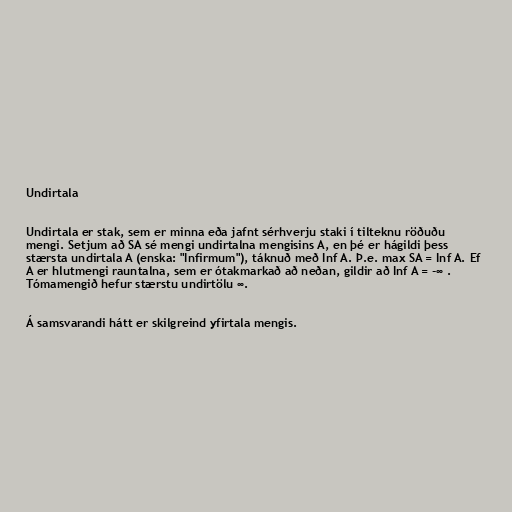
Undirtala

Undirtala er stak, sem er minna eða jafnt sérhverju staki í tilteknu röðuðu
mengi. Setjum að SA sé mengi undirtalna mengisins A, en þé er hágildi þess
stærsta undirtala A (enska: "Infirmum"), táknuð með Inf A. Þ.e. max SA = Inf A. Ef
A er hlutmengi rauntalna, sem er ótakmarkað að neðan, gildir að Inf A = -∞ .
Tómamengið hefur stærstu undirtölu ∞.

Á samsvarandi hátt er skilgreind yfirtala mengis.